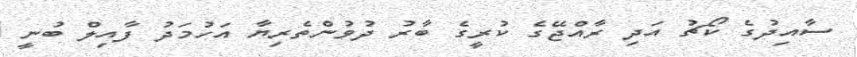
ސާއިދުގެ ކޯޗު އަދި ރާއްޖޭގެ ކުރީގެ ބާރު ދުވުންތެރިޔާ އަހުމަދު ފާއިލް ބުނީ